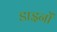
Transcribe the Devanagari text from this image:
डाइनों